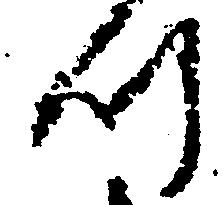
つ